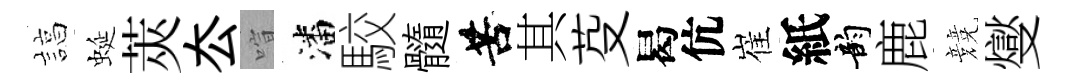
諄蜒莢厺喧潘駮髓苦其芟曷伉崔紙韵鹿競燮